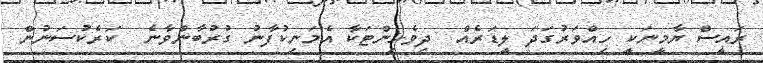
ރައީސް ޔާމީނަކީ ހިއްވަރުގަދަ ލީޑަރެއް  ދިވެހިންޓަކާ އެމަނިކުފާނު ގުރުބާންވާނެ  ކަރެކުސަނުން